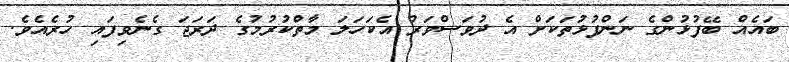
ބައެއް ބޭފުޅުންގެ ނަންފުޅުތަކަށް އެ ދުވަސްވަރު އެކަހަލަ މާތްކުރުމުގެ ދަރަޖަ ގެނެވިފައި ހުރެއެވެ.